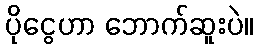
ပိုငွေဟာ ဘောက်ဆူးပဲ။